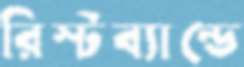
রিস্টব্যান্ডে